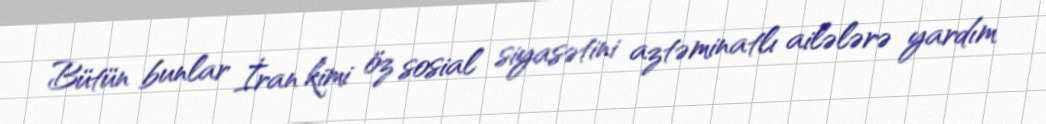
Bütün bunlar İran kimi öz sosial siyasətini aztəminatlı ailələrə yardım